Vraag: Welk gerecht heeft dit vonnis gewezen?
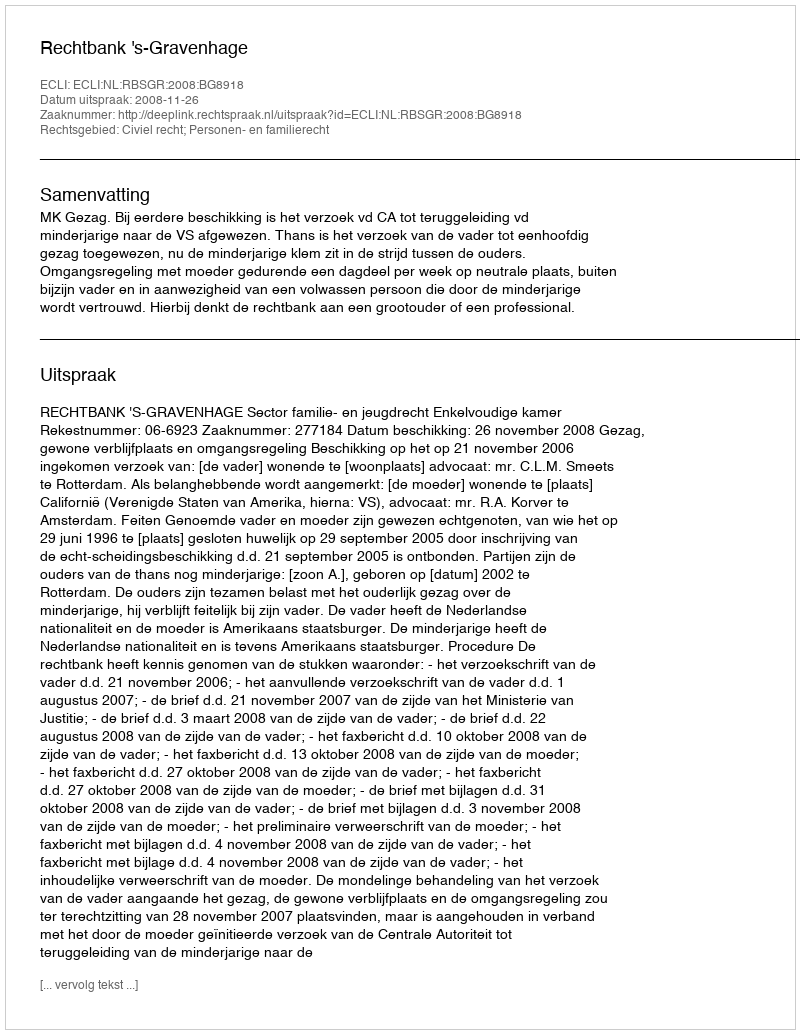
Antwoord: Rechtbank 's-Gravenhage